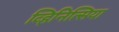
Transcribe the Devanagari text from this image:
व्हिनित्सिया